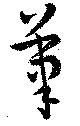
筆